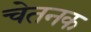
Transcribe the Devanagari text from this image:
चेतनक